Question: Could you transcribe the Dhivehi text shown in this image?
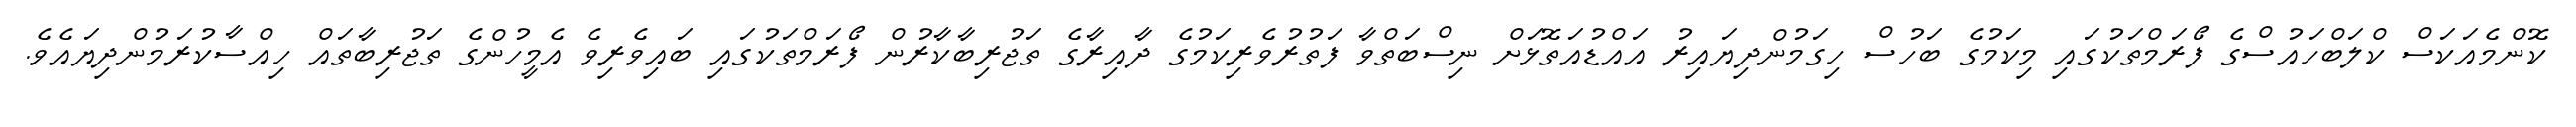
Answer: ކޮންމެއަކަސް ކްލަބްހައުސްގެ ފޯރަމްތަކުގައި މިކަމުގެ ބަހުސް ހިގަމުންދިޔައިރު އައްޑުއަތޮޅަށް ނިސްބަތްވާ ފަތުރުވެރިކަމުގެ ދާއިރާގެ ތަޖުރިބާކާރުން ފޯރަމްތަކުގައި ބައިވެރިވެ އެމީހުންގެ ތަޖުރިބާތައް ހިއްސާކުރަމުންދިޔައެވެ.